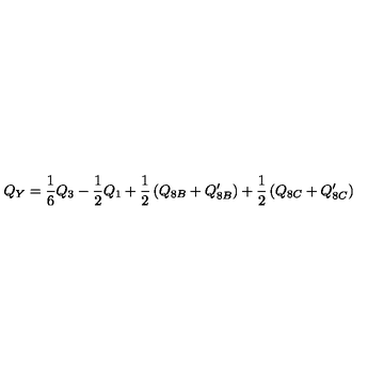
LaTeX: Q _ { Y } = \frac { 1 } { 6 } Q _ { 3 } - \frac { 1 } { 2 } Q _ { 1 } + \frac { 1 } { 2 } \left( Q _ { 8 B } + Q _ { 8 B } ^ { \prime } \right) + \frac { 1 } { 2 } \left( Q _ { 8 C } + Q _ { 8 C } ^ { \prime } \right)